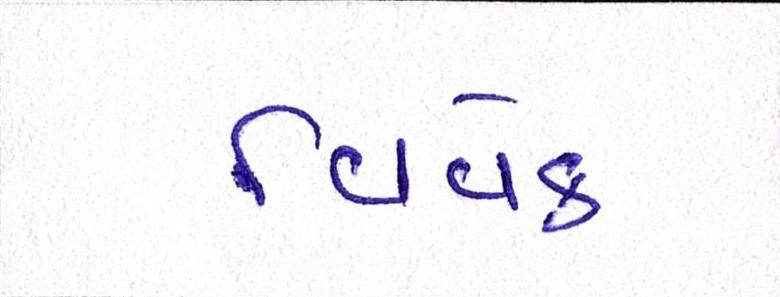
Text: વિવેક